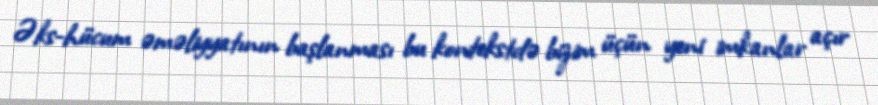
Əks-hücum əməliyyatının başlanması bu kontekstdə bizim üçün yeni imkanlar açır